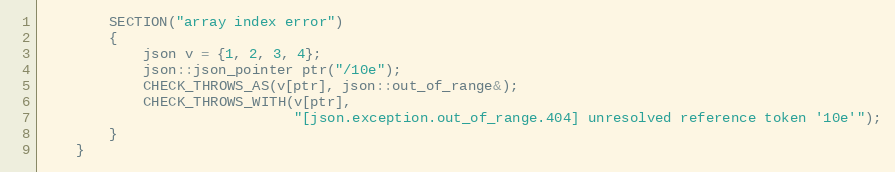
Language: C++
        SECTION("array index error")
        {
            json v = {1, 2, 3, 4};
            json::json_pointer ptr("/10e");
            CHECK_THROWS_AS(v[ptr], json::out_of_range&);
            CHECK_THROWS_WITH(v[ptr],
                              "[json.exception.out_of_range.404] unresolved reference token '10e'");
        }
    }